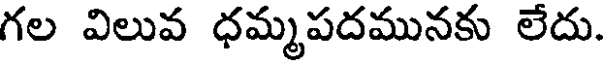
గల విలువ ధమ్మపదమునకు లేదు.